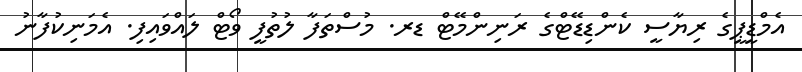
އެމްޑީޕީގެ ރިޔާސީ ކެންޑިޑޭޓްގެ ރަނިންމޭޓް ޑރ. މުސްތަފާ ލުތުފީ ވޯޓް ލައްވައިފި. އެމަނިކުފާނު